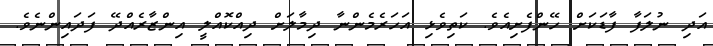
އަދި ނުލަފާ ފާޑަކަށް ހޭންފެށިއެވެ. ކަތިވެޅި އަހަރެމެންނާ ދިމާލަށް ދިއްކޮއްލީ އިންޒާރެއްދޭ ފަދައިންނެވެ.